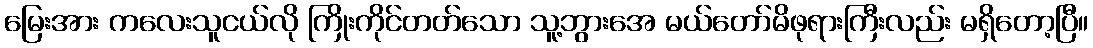
မြေးအား ကလေးသူငယ်လို ကြိုးကိုင်တတ်သော သူ့ဘွားအေ မယ်တော်မိဖုရားကြီးလည်း မရှိတော့ပြီ။